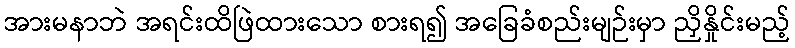
အားမနာဘဲ အရင်းထိဖြဲထားသော စားရ၍ အခြေခံစည်းမျဉ်းမှာ ညှိနှိုင်းမည့်